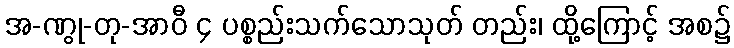
အ-ဏွု-တု-အာဝီ ၄ ပစ္စည်းသက်သောသုတ် တည်း၊ ထို့ကြောင့် အစ၌